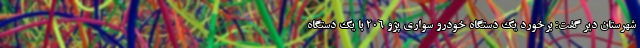
شهرستان دیر گفت: برخورد یک دستگاه خودرو سواری پژو ۲۰۶ با یک دستگاه